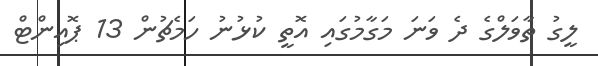
ލީގު ތާވަލްގެ ދެ ވަނަ މަގާމުގައި އޮތީ ކުޅުނު ހަމެޗުން 13 ޕޮއިންޓް